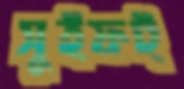
সুইফট্